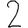
Digit: 2